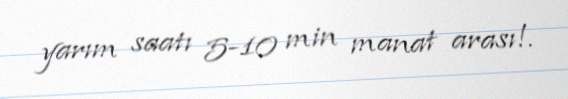
yarım saatı 5-10 min manat arası!.